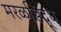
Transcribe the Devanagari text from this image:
मरळसिद्ध